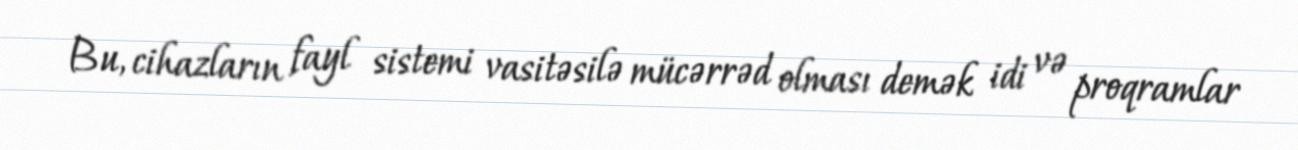
Bu, cihazların fayl sistemi vasitəsilə mücərrəd olması demək idi və proqramlar